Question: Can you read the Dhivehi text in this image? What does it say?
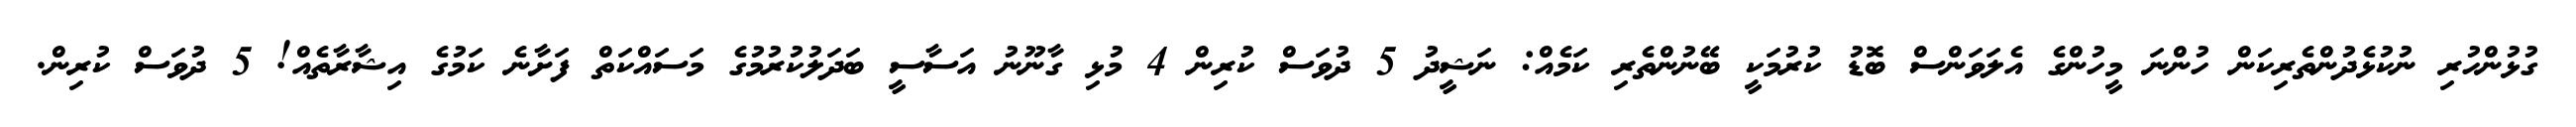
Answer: ގުޅުންހުރި ނުކުޅެދުންތެރިކަން ހުންނަ މީހުންގެ އެލަވަންސް ބޮޑު ކުރުމަކީ ބޭނުންތެރި ކަމެއް: ނަޝީދު 5 ދުވަސް ކުރިން 4 މުޅި ގާނޫނު އަސާސީ ބަދަލުކުރުމުގެ މަސައްކަތް ފަށާނެ ކަމުގެ އިޝާރާތެއް! 5 ދުވަސް ކުރިން.